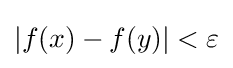
|f(x)-f(y)|<\varepsilon